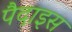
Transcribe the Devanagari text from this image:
पैदाइस